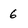
Character: 6